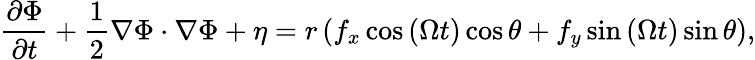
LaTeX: \frac{\partial\Phi}{\partial t}+\frac{1}{2}\nabla\Phi\cdot\nabla\Phi+\eta=r\left(f_{x}\cos{\left(\Omega t\right)}\cos{\theta}+f_{y}\sin{\left(\Omega t\right)}\sin{\theta}\right),